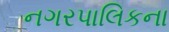
નગરપાલિકના